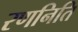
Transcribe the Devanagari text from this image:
रणनिति